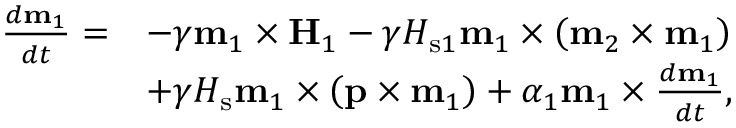
\begin{array} { r l } { \frac { d \mathbf { m } _ { 1 } } { d t } = } & { - \gamma \mathbf { m } _ { 1 } \times \mathbf { H } _ { 1 } - \gamma H _ { \mathrm { s } 1 } \mathbf { m } _ { 1 } \times \left( \mathbf { m } _ { 2 } \times \mathbf { m } _ { 1 } \right) } \\ & { + \gamma H _ { \mathrm { s } } \mathbf { m } _ { 1 } \times \left( \mathbf { p } \times \mathbf { m } _ { 1 } \right) + \alpha _ { 1 } \mathbf { m } _ { 1 } \times \frac { d \mathbf { m } _ { 1 } } { d t } , } \end{array}